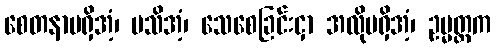
စေတနာမရှိအံ့၊ မသိအံ့၊ သေစေခြင်းငှာ အလိုမရှိအံ့၊ ဥမ္မတ္တက